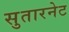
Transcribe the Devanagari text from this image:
सुतारनेट